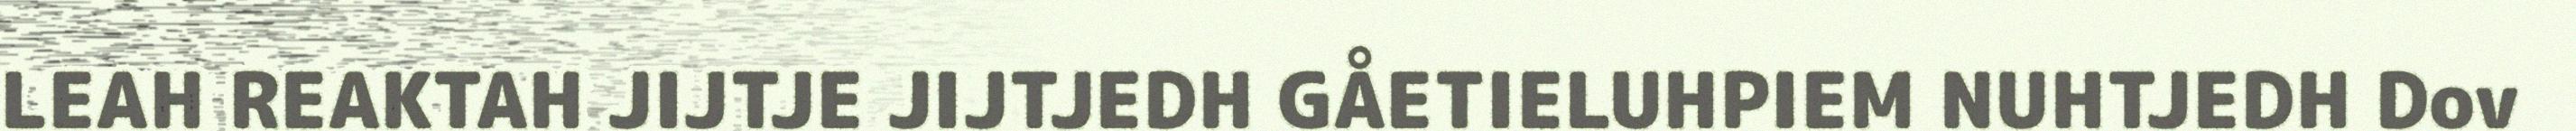
LEAH REAKTAH JIJTJE JIJTJEDH GÅETIELUHPIEM NUHTJEDH Dov